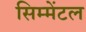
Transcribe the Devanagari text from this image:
सिम्मेंटल